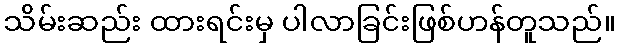
သိမ်းဆည်း ထားရင်းမှ ပါလာခြင်းဖြစ်ဟန်တူသည်။